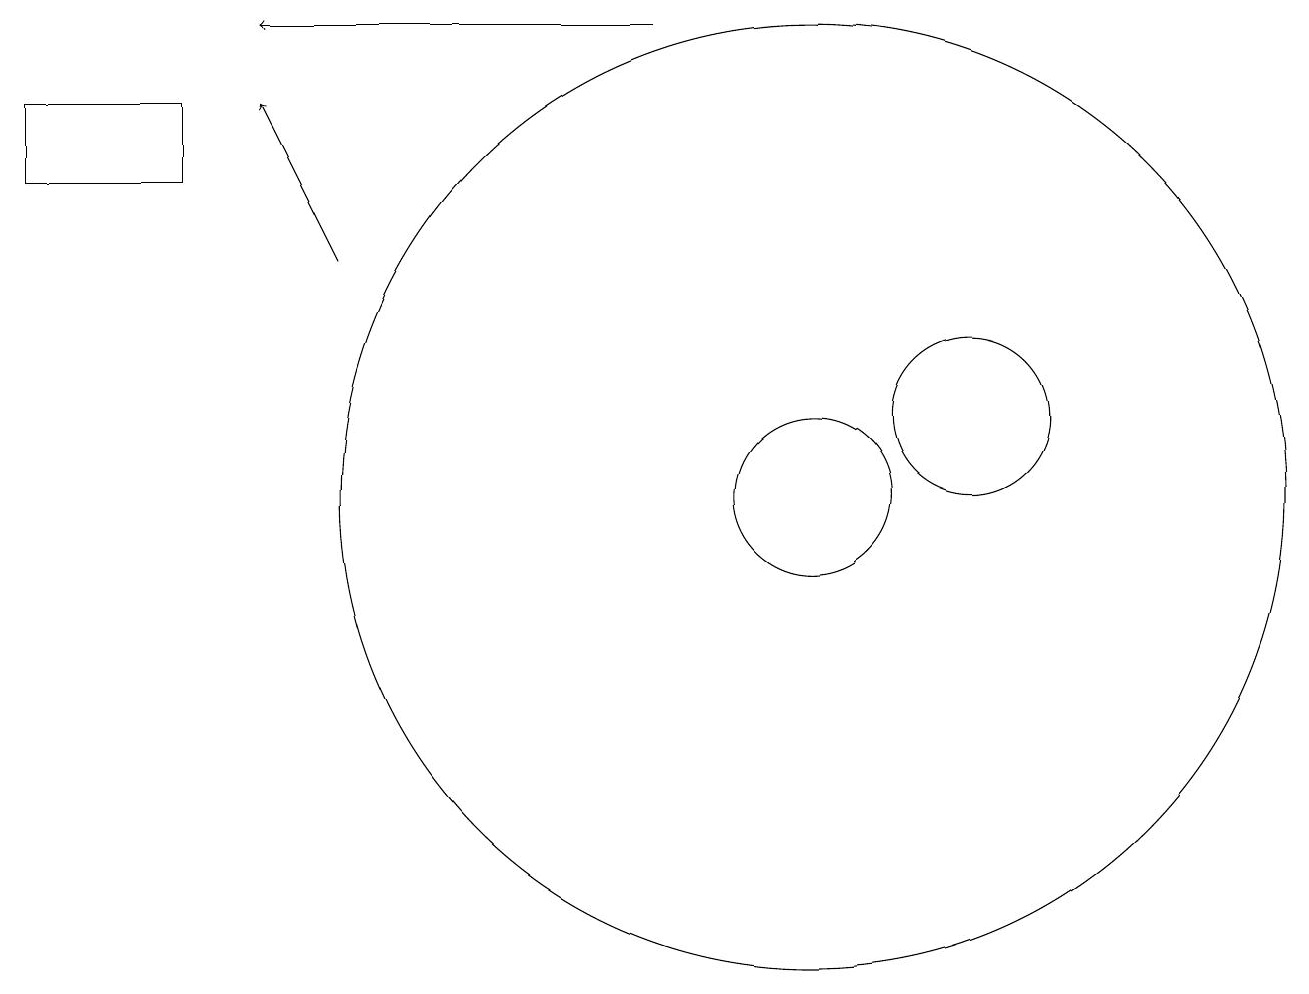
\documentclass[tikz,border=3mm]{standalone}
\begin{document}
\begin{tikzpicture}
\draw (10,11) circle (6);
\draw (12,12) circle (1);
\draw[->] (4,14) -- (3,16);
\draw (10,11) circle (1);
\draw[->] (8,17) -- (3,17);
\draw (0,15) rectangle (2,16);
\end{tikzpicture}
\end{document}